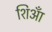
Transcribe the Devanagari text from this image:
शिआँ